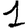
Digit: 1